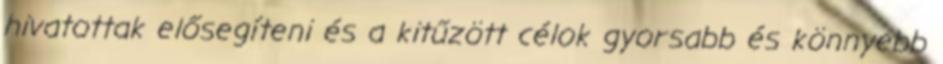
hivatottak elősegíteni és a kitűzött célok gyorsabb és könnyebb